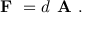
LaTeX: { \textbf { F } } = d { \textbf { A } } .